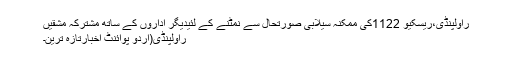
راولپنڈی،ریسکیو 1122کی ممکنہ سیلابی صورتحال سے نمٹنے کے لئیدیگر اداروں کے ساتھ مشترکہ مشقیں
راولپنڈی(اُردو پوائنٹ اخبارتازہ ترین۔